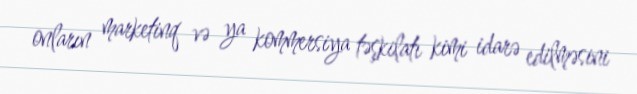
onların marketinq və ya kommersiya təşkilatı kimi idarə edilməsini